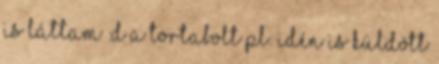
is láttam :D A Tortabolt pl. idén is küldött